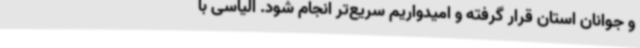
و جوانان استان قرار گرفته و امیدواریم سریع‌تر انجام شود. الیاسی با